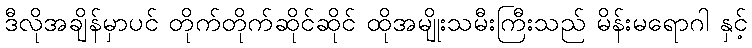
ဒီလိုအချိန်မှာပင် တိုက်တိုက်ဆိုင်ဆိုင် ထိုအမျိုးသမီးကြီးသည် မိန်းမရောဂါ နှင့်